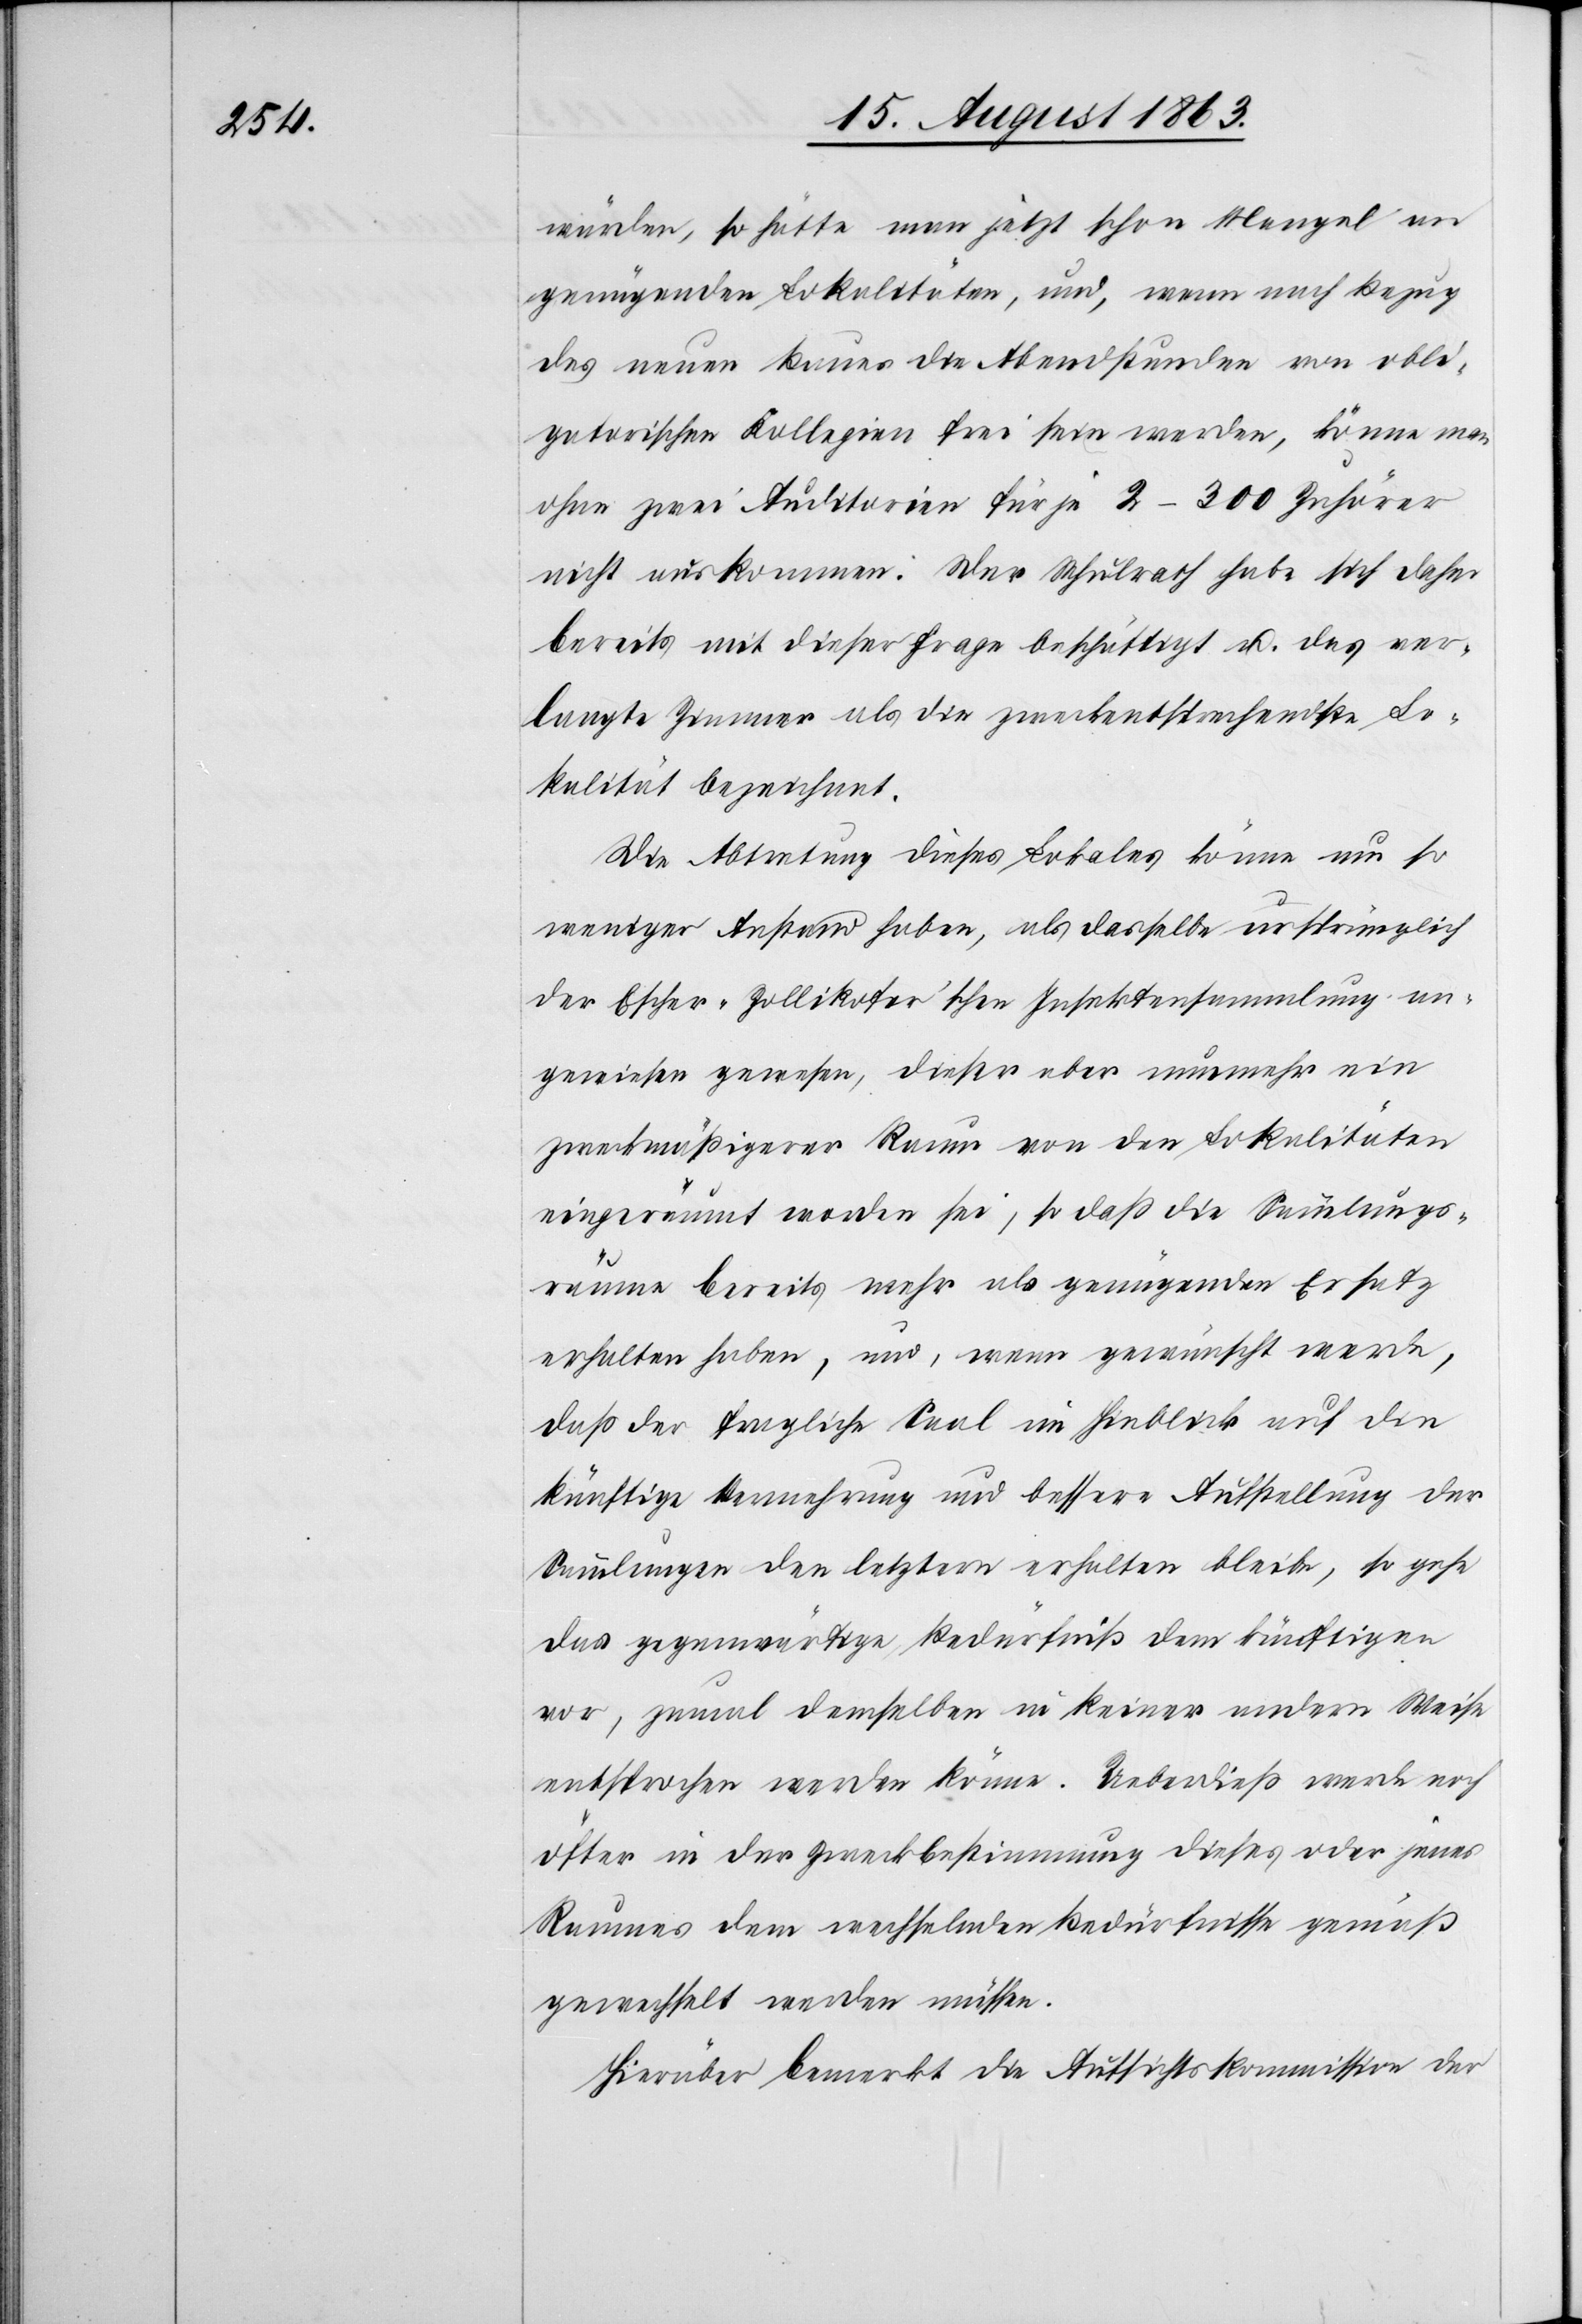
würden, so hätte man jetzt schon Mangel an
genügenden Lokalitäten, und, wenn nach Bezug
des neuen Baues die Abendstunden von obli¬
gatorischen Kollegien frei sein werden, könne man
ohne zwei Auditorien für je 2–300 Zuhörer
nicht auskommen. Der Schulrath habe sich daher
bereits mit dieser Frage beschäftigt u. das ver¬
langte Zimmer als die zweckentsprechendste Lo¬
kalität bezeichnet.
Die Abtretung dieses Lokales könne um so
weniger Anstand haben, als dasselbe ursprünglich
der Escher-Zollikofer'schen Insektensammlung an¬
gewiesen gewesen, dieser aber nunmehr ein
zweckmäßigerer Raum von den Lokalitäten
eingeräumt worden sei, so daß die Sammlungs¬
räume bereits mehr als genügenden Ersatz
erhalten haben, und, wenn gewünscht werde,
daß der fragliche Saal im Hinblick auf die
künftige Vermehrung und bessere Aufstellung der
Sammlungen den letztern erhalten bleibe, so gehe
das gegenwärtige Bedürfniß dem künftigen
vor, zumal demselben in keiner andern Weise
entsprochen werden könne. Ueberdieß werde noch
öfter in der Zweckbestimmung dieses oder jenes
Raumes dem wechselnden Bedürfnisse gemäß
gewechselt werden müssen.
Hierüber bemerkt die Aufsichtskommission der